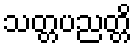
သတ္တပညတ္တိ